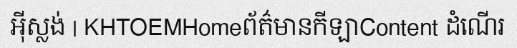
អ៊ីស្លង់ | KHTOEMHomeព័ត៌មានកីឡាContent ដំណើរ